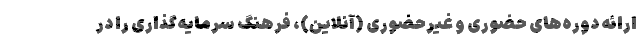
ارائه دوره‌های حضوری و غیرحضوری (آنلاین)، فرهنگ سرمایه‌گذاری را در